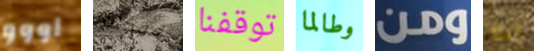
اووو فوجئت توقفنا وطالما ومن انه